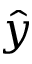
\hat { y }